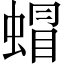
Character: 蝐